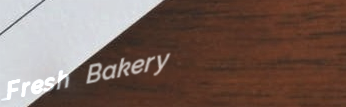
Fresh Bakery